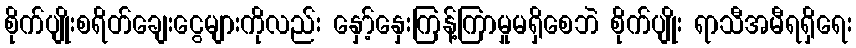
စိုက်ပျိုးစရိတ်ချေးငွေများကိုလည်း နှော့်နှေးကြန့်ကြာမှုမရှိစေဘဲ စိုက်ပျိုး ရာသီအမီရရှိရေး